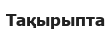
Тақырыпта